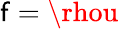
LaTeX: \mathsf{f}=\rhou